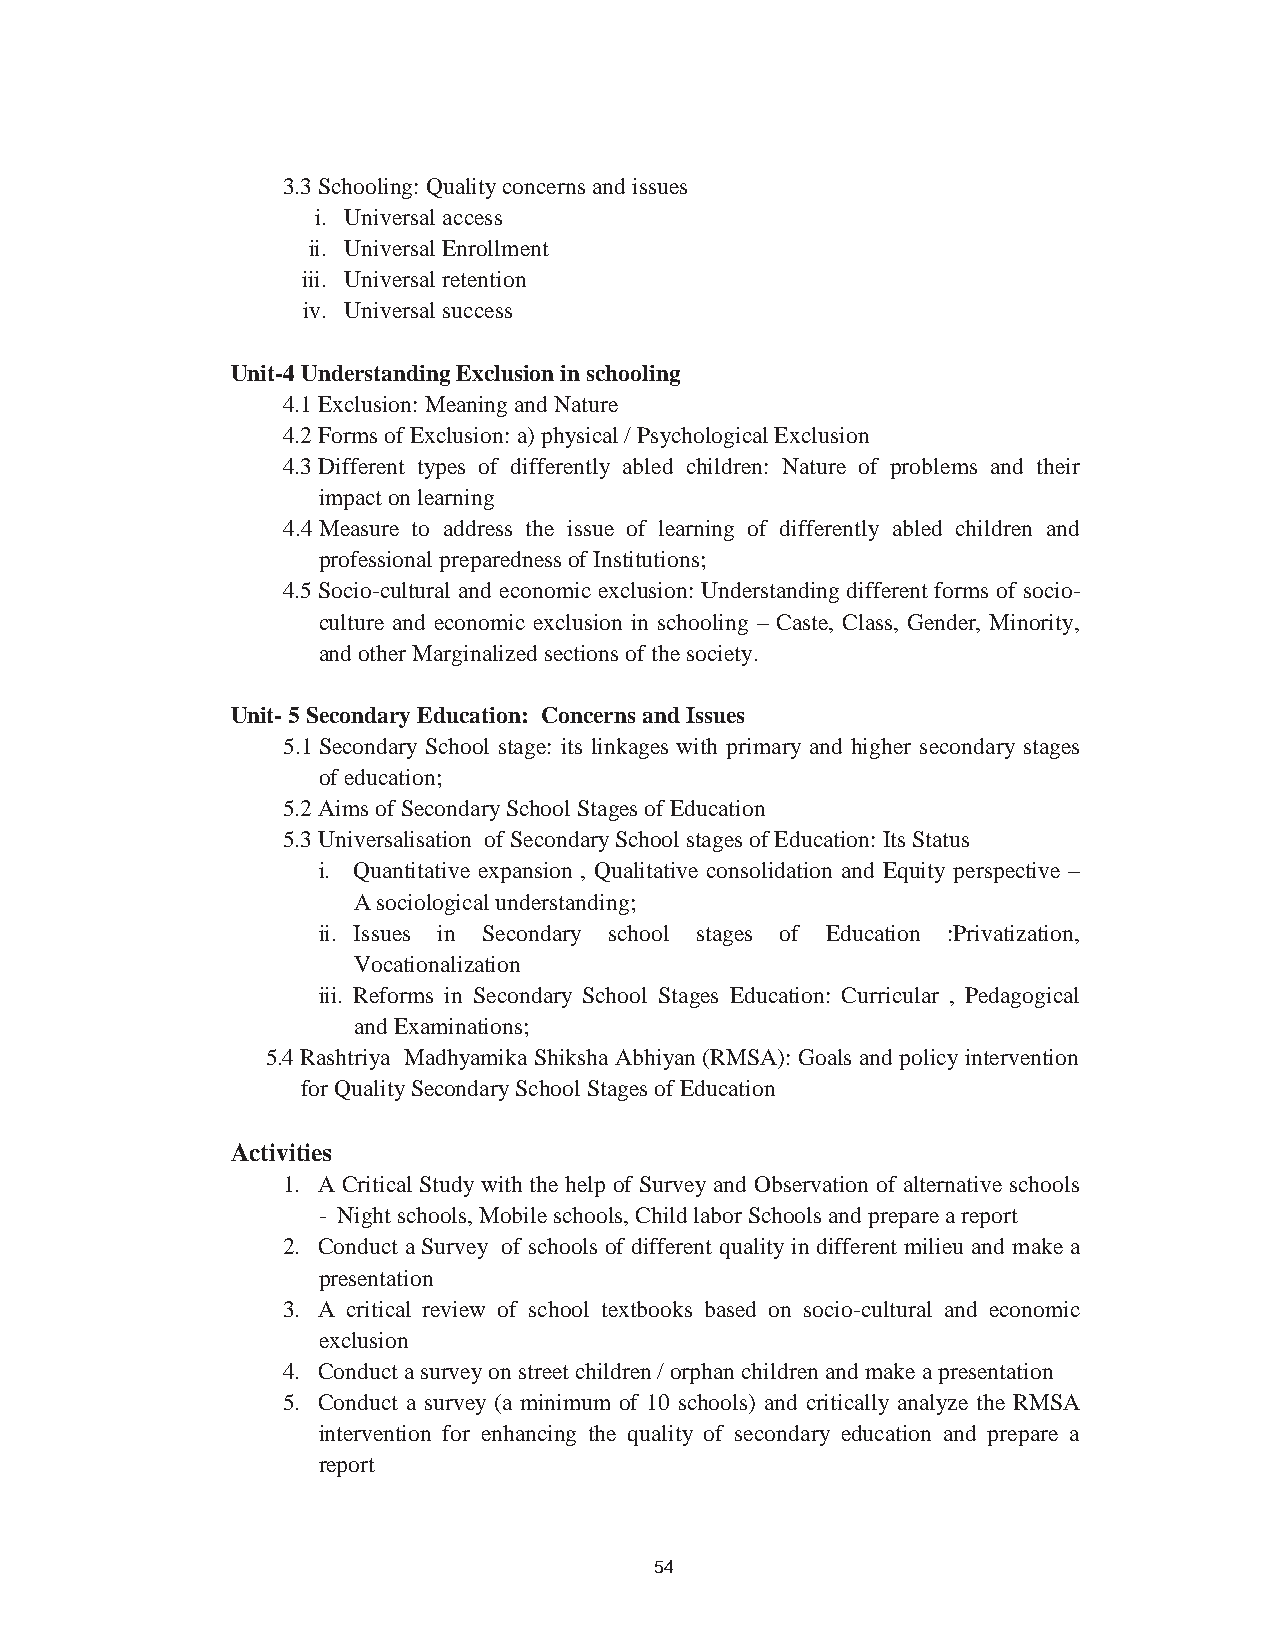
63
 3.3Schooling: Quality concerns and issues
 i. Universal access
 ii. Universal Enrollment
 iii. Universal retention
 iv. Universal success
 Unit-4 Understanding Exclusion in schooling
 4.1Exclusion: Meaning and Nature
 4.2Forms of Exclusion: a) physical / Psychological Exclusion
 4.3Different types of differently abled children: Nature of problems and their
 impact on learning
 4.4Measure to address the issue of learning of differently abled children and
 professional preparedness of Institutions;
 4.5Socio-cultural and economic exclusion: Understanding different forms of socio-
 culture and economic exclusion in schooling – Caste, Class, Gender, Minority,
 and other Marginalized sections of the society.
 Unit- 5 Secondary Education: Concerns and Issues
 5.1Secondary School stage: its linkages with primary and higher secondary stages
 of education;
 5.2Aims of Secondary School Stages of Education
 5.3Universalisation of Secondary School stages of Education: Its Status
 i. Quantitative expansion , Qualitative consolidation and Equity perspective –
 A sociological understanding;
 ii. Issues in Secondary school stages of Education :Privatization,
 Vocationalization
 iii. Reforms in Secondary School Stages Education: Curricular , Pedagogical
 and Examinations;
 5.4Rashtriya Madhyamika Shiksha Abhiyan (RMSA): Goals and policy intervention
 for Quality Secondary School Stages of Education
 Activities
 1. A Critical Study with the help of Survey and Observation of alternative schools
 - Night schools, Mobile schools, Child labor Schools and prepare a report
 2. Conduct a Survey of schools of different quality in different milieu and make a
 presentation
 3. A critical review of school textbooks based on socio-cultural and economic
 exclusion
 4. Conduct a survey on street children / orphan children and make a presentation
 5. Conduct a survey (a minimum of 10 schools) and critically analyze the RMSA
 intervention for enhancing the quality of secondary education and prepare a
 report
 54